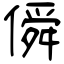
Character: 僢